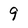
Character: 9